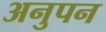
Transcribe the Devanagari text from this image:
अनुपन